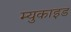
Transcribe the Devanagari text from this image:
म्युकाइड